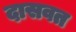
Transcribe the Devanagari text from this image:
दासवत